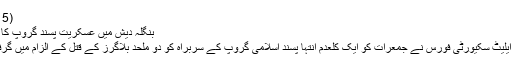
(31.10.2015)
بنگلہ دیش میں عسکریت پسند گروپ کا سربراہ گرفتار
بنگلہ دیش کی ایلیٹ سکیورٹی فورس نے جمعرات کو ایک کلعدم انتہا پسند اسلامی گروپ کے سربراہ کو دو ملحد بلاگرز کے قتل کے الزام میں گرفتار کر لیا ہے۔